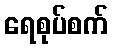
ရေစုပ်စက်